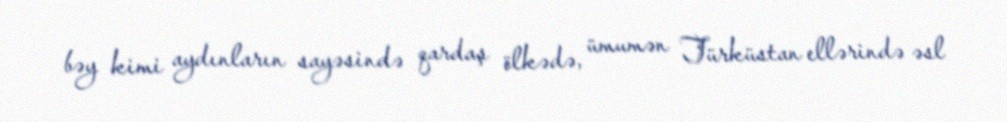
bəy kimi aydınların sayəsində qardaş ölkədə, ümumən Türküstan ellərində əsl